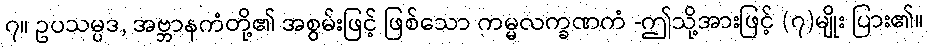
၇။ ဥပသမ္ပဒ, အဗ္ဘာနကံတို့၏ အစွမ်းဖြင့် ဖြစ်သော ကမ္မလက္ခဏကံ -ဤသို့အားဖြင့် (၇)မျိုး ပြား၏။